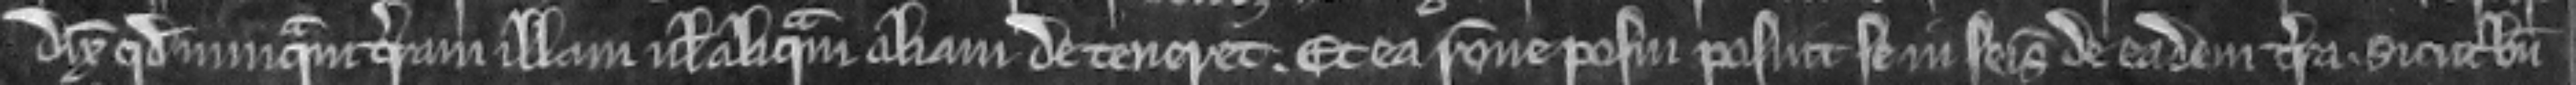
dixit quod nunquam terram illam vel aliquam aliam de teneret. Et ea racione posuit se in seisina de eadem terra. sicut bene